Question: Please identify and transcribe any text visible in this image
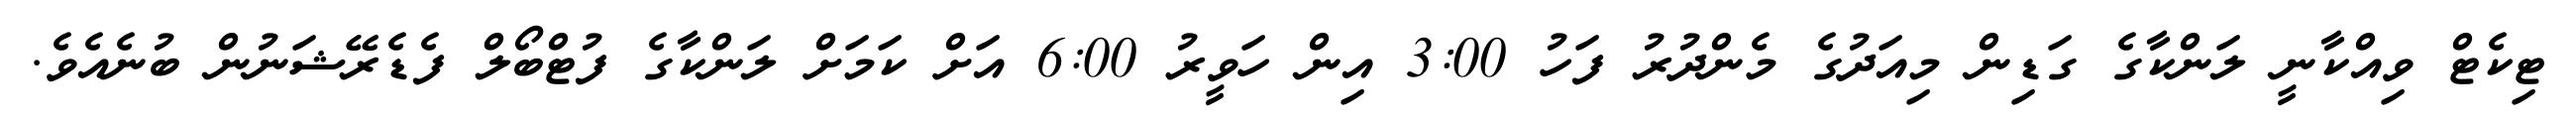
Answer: ޓިކެޓް ވިއްކާނީ ލަންކާގެ ގަޑިން މިއަދުގެ މެންދުރު ފަހު 3:00 އިން ހަވީރު 6:00 އަށް ކަމަށް ލަންކާގެ ފުޓްބޯލް ފެޑެރޭޝަނުން ބުނެއެވެ.